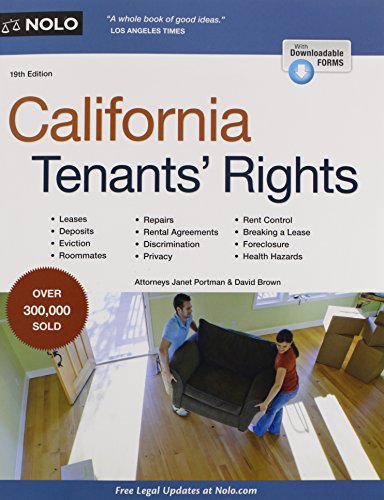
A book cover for California Tenants' Rights; Janet Portman; Business & Money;